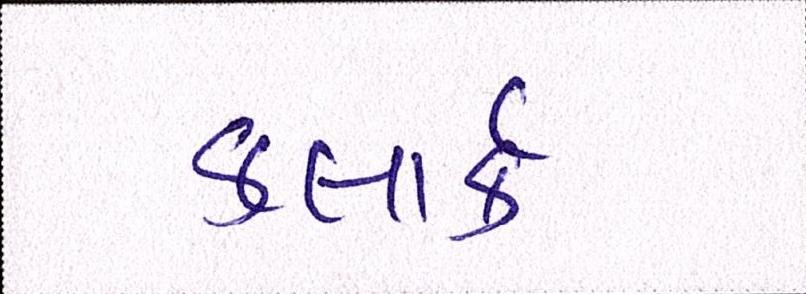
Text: કલાર્ક